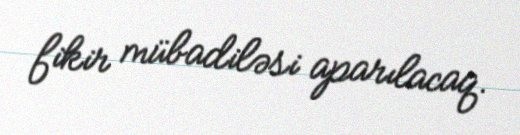
fikir mübadiləsi aparılacaq.